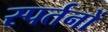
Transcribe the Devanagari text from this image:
स्पर्तनों